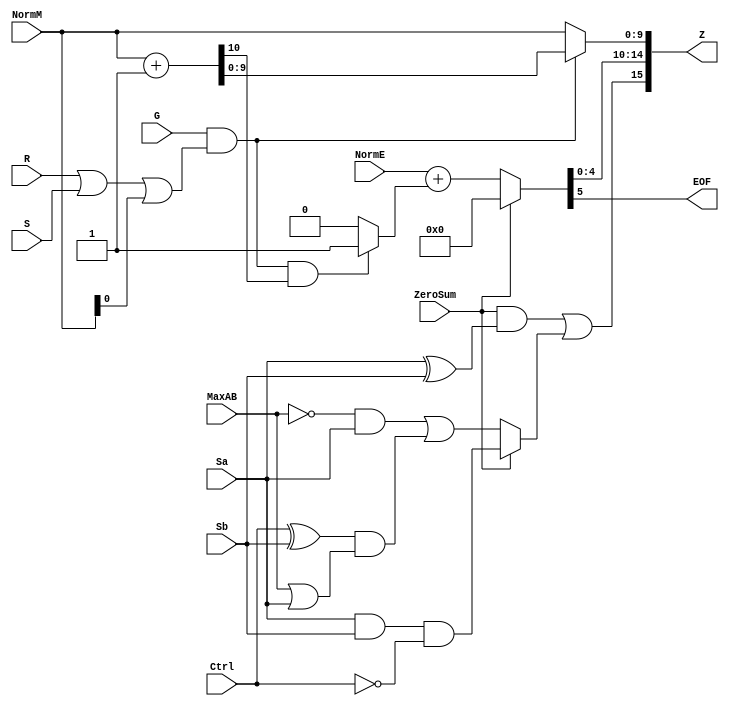
`define SIMULATION_MEMORY
//`define SIMULATION_addfp
`define VECTOR_DEPTH 64 //Q,K,V vector size
`define DATA_WIDTH 16
`define VECTOR_BITS 1024 // 16 bit each (16x64)
`define NUM_WORDS 32   //num of words in the sentence
`define BUF_AWIDTH 4 //16 entries in each buffer ram
`define BUF_LOC_SIZE 4 //4 words in each addr location
`define OUT_RAM_DEPTH 512 //512 entries in output bram
`define EXPONENT 8
`define MANTISSA 7
`define EXPONENT 5
`define MANTISSA 10
`define SIGN 1
`define DWIDTH (`SIGN+`EXPONENT+`MANTISSA)
`define DEFINES_DONE
`define DATAWIDTH (`SIGN+`EXPONENT+`MANTISSA)
`define IEEE_COMPLIANCE 1
`define NUM 4
`define ADDRSIZE 4

module FPAddSub_RoundModule(
		ZeroSum,
		NormE,
		NormM,
		R,
		S,
		G,
		Sa,
		Sb,
		Ctrl,
		MaxAB,
		Z,
		EOF
    );

	// Input ports
	input ZeroSum ;					// Sum is zero
	input [`EXPONENT:0] NormE ;				// Normalized exponent
	input [`MANTISSA-1:0] NormM ;				// Normalized mantissa
	input R ;							// Round bit
	input S ;							// Sticky bit
	input G ;
	input Sa ;							// A's sign bit
	input Sb ;							// B's sign bit
	input Ctrl ;						// Control bit (operation)
	input MaxAB ;
	
	// Output ports
	output [`DWIDTH-1:0] Z ;					// Final result
	output EOF ;
	
	// Internal signals
	wire [`MANTISSA:0] RoundUpM ;			// Rounded up sum with room for overflow
	wire [`MANTISSA-1:0] RoundM ;				// The final rounded sum
	wire [`EXPONENT:0] RoundE ;				// Rounded exponent (note extra bit due to poential overflow	)
	wire RoundUp ;						// Flag indicating that the sum should be rounded up
        wire FSgn;
	wire ExpAdd ;						// May have to add 1 to compensate for overflow 
	wire RoundOF ;						// Rounding overflow
	
	wire [`EXPONENT:0]temp_2;
	assign temp_2 = 0;
	// The cases where we need to round upwards (= adding one) in Round to nearest, tie to even
	assign RoundUp = (G & ((R | S) | NormM[0])) ;
	
	// Note that in the other cases (rounding down), the sum is already 'rounded'
	assign RoundUpM = (NormM + 1) ;								// The sum, rounded up by 1
	assign RoundM = (RoundUp ? RoundUpM[`MANTISSA-1:0] : NormM) ; 	// Compute final mantissa	
	assign RoundOF = RoundUp & RoundUpM[`MANTISSA] ; 				// Check for overflow when rounding up

	// Calculate post-rounding exponent
	assign ExpAdd = (RoundOF ? 1'b1 : 1'b0) ; 				// Add 1 to exponent to compensate for overflow
	assign RoundE = ZeroSum ? temp_2 : (NormE + ExpAdd) ; 							// Final exponent

	// If zero, need to determine sign according to rounding
	assign FSgn = (ZeroSum & (Sa ^ Sb)) | (ZeroSum ? (Sa & Sb & ~Ctrl) : ((~MaxAB & Sa) | ((Ctrl ^ Sb) & (MaxAB | Sa)))) ;

	// Assign final result
	assign Z = {FSgn, RoundE[`EXPONENT-1:0], RoundM[`MANTISSA-1:0]} ;
	
	// Indicate exponent overflow
	assign EOF = RoundE[`EXPONENT];
	
endmodule